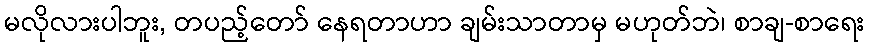
မလိုလားပါဘူး, တပည့်တော် နေရတာဟာ ချမ်းသာတာမှ မဟုတ်ဘဲ၊ စာချ-စာရေး